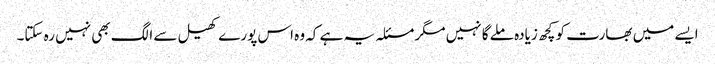
ایسے میں بھارت کو کچھ زیادہ ملے گا نہیں مگر مسئلہ یہ ہے کہ وہ اس پورے کھیل سے الگ بھی نہیں رہ سکتا۔